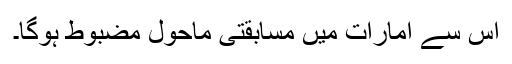
اس سے امارات میں مسابقتی ماحول مضبوط ہوگا۔